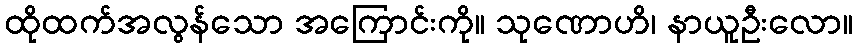
ထိုထက်အလွန်သော အကြောင်းကို။ သုဏောဟိ၊ နာယူဦးလော။